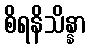
စိရနိသိန္နာ